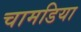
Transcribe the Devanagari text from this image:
चामडिया